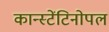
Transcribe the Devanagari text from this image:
कान्स्टेंटिनोपल